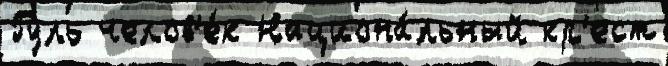
Гуль челов'е́к Национа́льный кр'ест